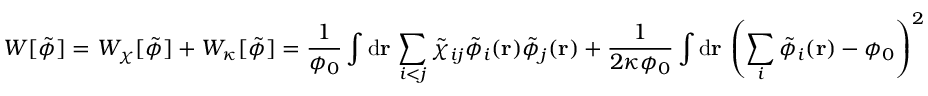
W [ \tilde { \phi } ] = W _ { \chi } [ \tilde { \phi } ] + W _ { \kappa } [ \tilde { \phi } ] = \frac { 1 } { \phi _ { 0 } } \int \mathrm { d } \mathbf { r } \, \sum _ { i < j } \tilde { \chi } _ { i j } \tilde { \phi } _ { i } ( \mathbf { r } ) \tilde { \phi } _ { j } ( \mathbf { r } ) + \frac { 1 } { 2 \kappa \phi _ { 0 } } \int \mathrm { d } \mathbf { r } \, \left( \sum _ { i } \tilde { \phi } _ { i } ( \mathbf { r } ) - \phi _ { 0 } \right) ^ { 2 }